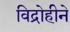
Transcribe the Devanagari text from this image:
विद्रोहीने